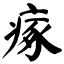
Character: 瘃